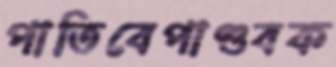
পাতিবেপাণ্ডবক